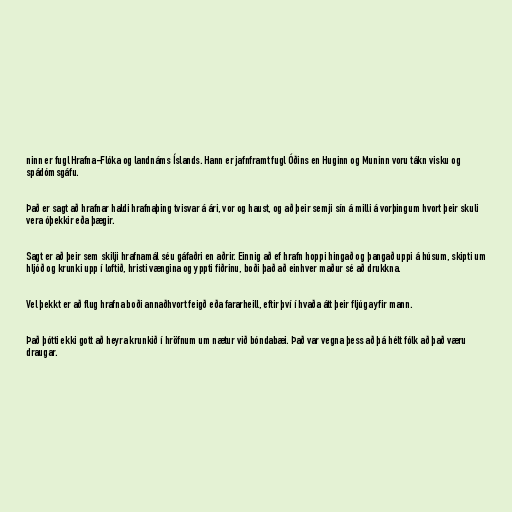
ninn er fugl Hrafna-Flóka og landnáms Íslands. Hann er jafnframt fugl Óðins en Huginn og Muninn voru tákn visku og
spádómsgáfu.

Það er sagt að hrafnar haldi hrafnaþing tvisvar á ári, vor og haust, og að þeir semji sín á milli á vorþingum hvort þeir skuli
vera óþekkir eða þægir.

Sagt er að þeir sem skilji hrafnamál séu gáfaðri en aðrir. Einnig að ef hrafn hoppi hingað og þangað uppi á húsum, skipti um
hljóð og krunki upp í loftið, hristi vængina og yppti fiðrinu, boði það að einhver maður sé að drukkna.

Vel þekkt er að flug hrafna boði annaðhvort feigð eða fararheill, eftir því í hvaða átt þeir fljúga yfir mann.

Það þótti ekki gott að heyra krunkið í hröfnum um nætur við bóndabæi. Það var vegna þess að þá hélt fólk að það væru
draugar.